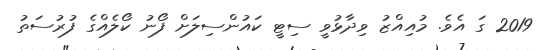
2019 ގަ އެވެ. މުއިއްޒު ވިދާޅުވީ ސިޓީ ކައުންސިލަށް ފޯނު ކޯލެއްގެ ފުރުސަތު